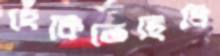
ছেঁকিতেছিলি